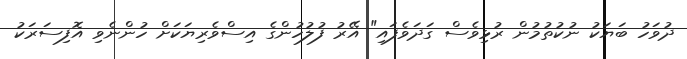
ދުވަހު ބަޔަކު ނުކުތުމުން ރުޅިވެސް ގަދަވެފައި" އޭރު ފުލުހުންގެ އިސްވެރިޔަކަށް ހުންނެވި އޮފިސަރަކު